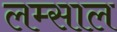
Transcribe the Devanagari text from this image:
लम्साल